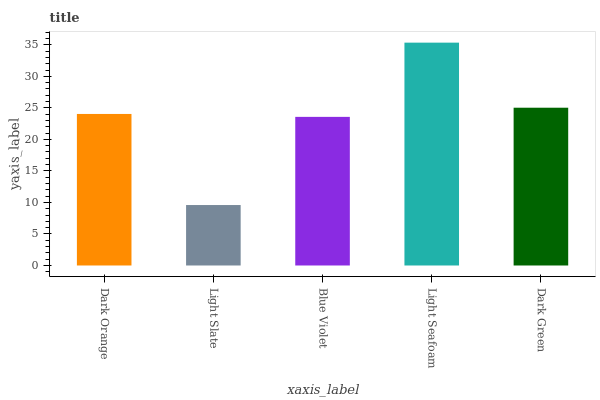
| xaxis_label | bars |
 | --- | --- |
 | Dark Orange | 24 |
 | Light Slate | 9.59 |
 | Blue Violet | 23.6 |
 | Light Seafoam | 35.3 |
 | Dark Green | 25 |